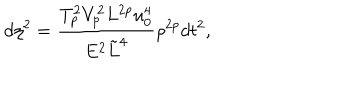
d \eta ^ { 2 } = { \frac { T _ { p } ^ { 2 } V _ { p } ^ { 2 } L ^ { 2 p } u _ { 0 } ^ { 4 } } { E ^ { 2 } \tilde { L } ^ { 4 } } } \rho ^ { 2 p } d t ^ { 2 } ,